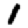
Digit: 1